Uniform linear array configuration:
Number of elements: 12
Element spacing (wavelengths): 0.5
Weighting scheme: cosine
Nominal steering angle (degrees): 15
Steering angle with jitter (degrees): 14.067
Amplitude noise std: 0.05
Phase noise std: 0.05

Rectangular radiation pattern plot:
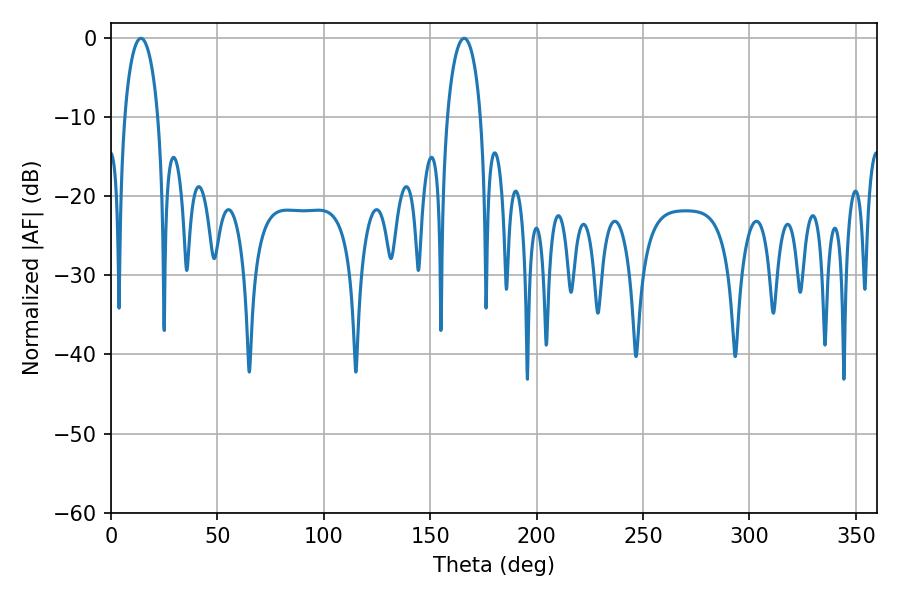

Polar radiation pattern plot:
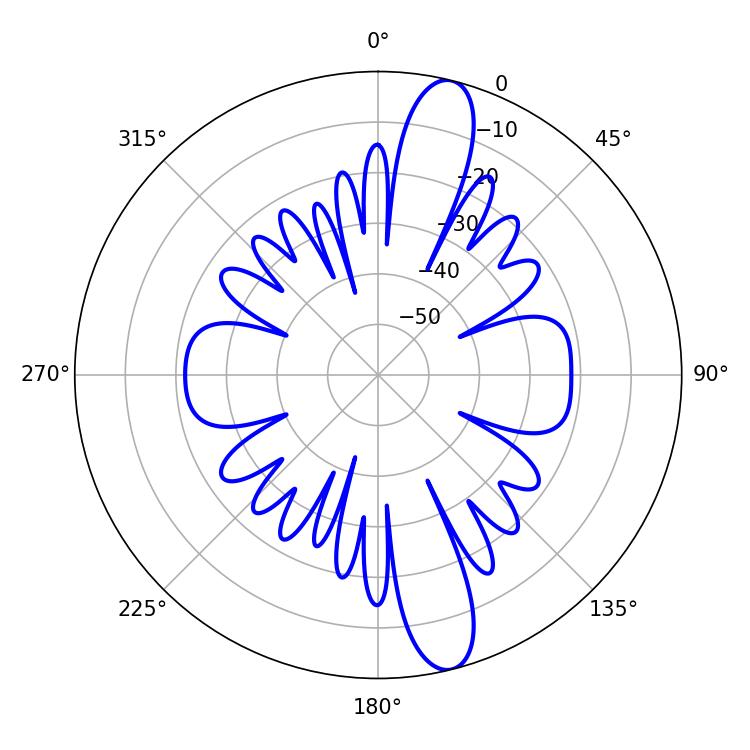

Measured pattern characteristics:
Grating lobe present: FALSE
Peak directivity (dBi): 13.755
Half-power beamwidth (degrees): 9
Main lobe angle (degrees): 14.04